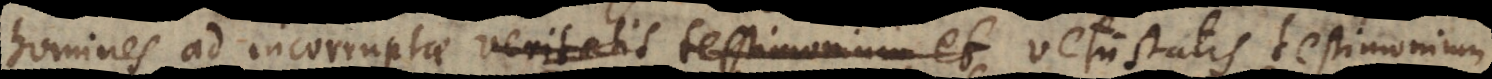
homines ad incorruptae veritatis testimonium et vetustatis testimonium